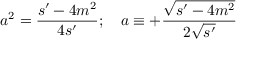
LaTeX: a ^ { 2 } = \frac { s ^ { \prime } - 4 m ^ { 2 } } { 4 s ^ { \prime } } ; \quad a \equiv + \frac { \sqrt { s ^ { \prime } - 4 m ^ { 2 } } } { 2 \sqrt { s ^ { \prime } } }